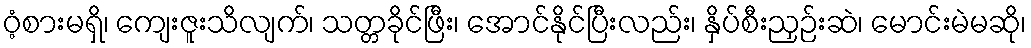
ဝံ့စားမရှိ၊ ကျေးဇူးသိလျက်၊ သတ္တခိုင်ဖြီး၊ အောင်နိုင်ပြီးလည်း၊ နှိပ်စီးညှဉ်းဆဲ၊ မောင်းမဲမဆို၊